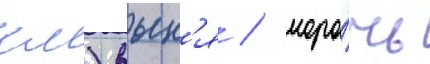
км) вын'я / моро́чь